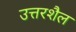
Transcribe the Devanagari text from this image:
उत्तरशैल